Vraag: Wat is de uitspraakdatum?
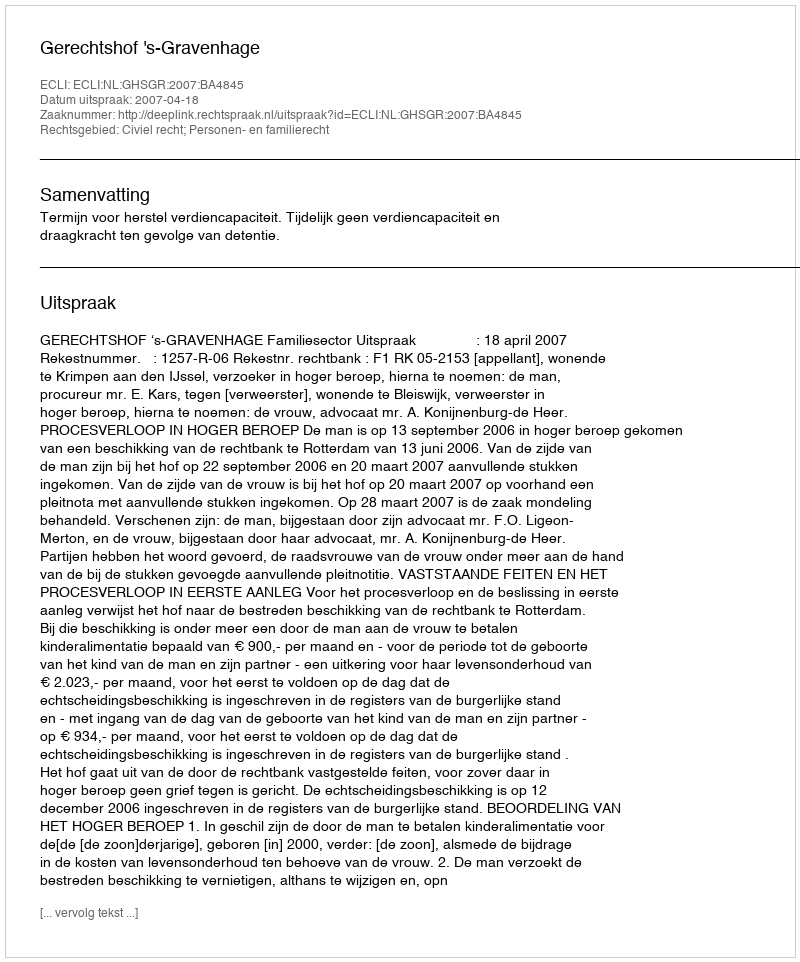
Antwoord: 2007-04-18